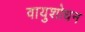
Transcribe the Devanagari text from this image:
वायुशोधन